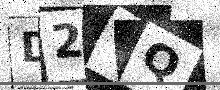
Text: D2VQ